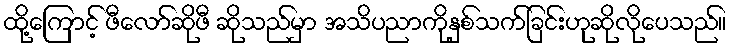
ထို့ကြောင့် ဖီလော်ဆိုဖီ ဆိုသည်မှာ အသိပညာကိုနှစ်သက်ခြင်းဟုဆိုလိုပေသည်။